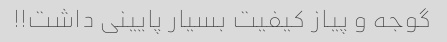
گوجه و پیاز کیفیت بسیار پایینی داشت!!